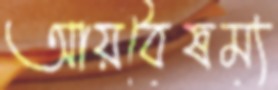
আয়বৈষম্য